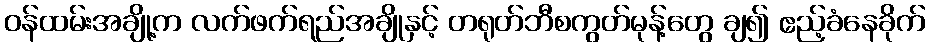
ဝန်ထမ်းအချို့က လက်ဖက်ရည်အချိုနှင့် တရုတ်ဘီစကွတ်မုန့်တွေ ချ၍ ဧည့်ခံနေခိုက်